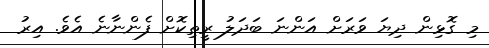
މި ގޮޅިން ދިޔަ ވަރަށް އަންނަ ބަދަލު ރީތިކޮށް ފެންނާނެ އެވެ. އިރު